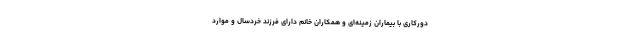
دورکاری با بیماران زمینه‌ای و همکاران خانم دارای فرزند خردسال و موارد